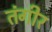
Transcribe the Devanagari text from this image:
तंगीर